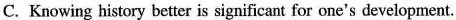
C. Knowing history better is significant for one's development.